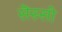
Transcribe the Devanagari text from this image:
सॆरुसी